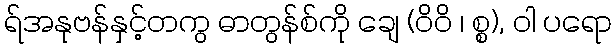
ရ်အနုဗန်နှင့်တကွ ဓာတွန်စ်ကို ချေ (ဝိဝိ ၊ စ္စ), ဝါ ပရော